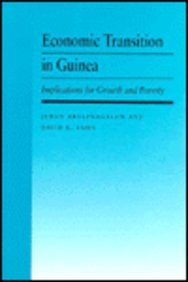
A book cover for Economic Transition in Guinea (Cornell Food & Nutrition Policy Program Book); David E. Sahn; Business & Money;